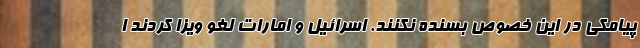
پیامکی در این خصوص بسنده نکنند. اسرائیل و امارات لغو ویزا کردند ا